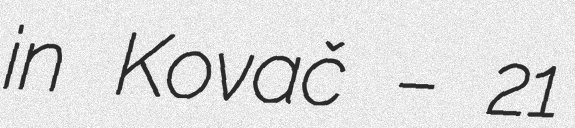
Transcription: in Kovač – 21